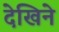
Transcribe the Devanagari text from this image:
देखिने